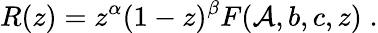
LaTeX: R(z)=z^{\alpha}(1-z)^{\beta}F(\mathcal{A},b,c,z)\; .